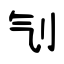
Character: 刏